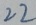
2 2